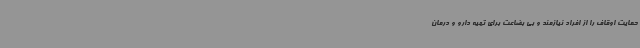
حمایت اوقاف را از افراد نیازمند و بی بضاعت برای تهیه دارو و درمان